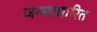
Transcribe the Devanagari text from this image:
जन्‍माधारित